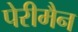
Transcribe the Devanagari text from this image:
पेरीमैन